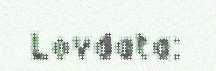
Lovdata: